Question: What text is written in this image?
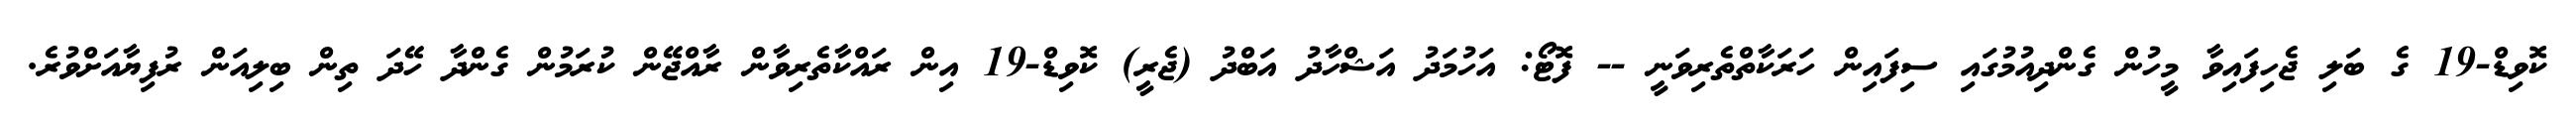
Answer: ކޮވިޑް-19 ގެ ބަލި ޖެހިފައިވާ މީހުން ގެންދިއުމުގައި ސިފައިން ހަރަކާތްތެރިވަނީ -- ފޮޓޯ: އަހުމަދު އަޝްހާދު އަބްދު (ޖެރީ) ކޮވިޑް-19 އިން ރައްކާތެރިވާން ރާއްޖޭން ކުރަމުން ގެންދާ ހޭދަ ތިން ބިލިއަން ރުފިޔާއަށްވުރެ.